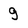
Character: g